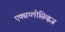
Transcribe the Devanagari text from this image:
एक्सप्लोसिव्ह्वज